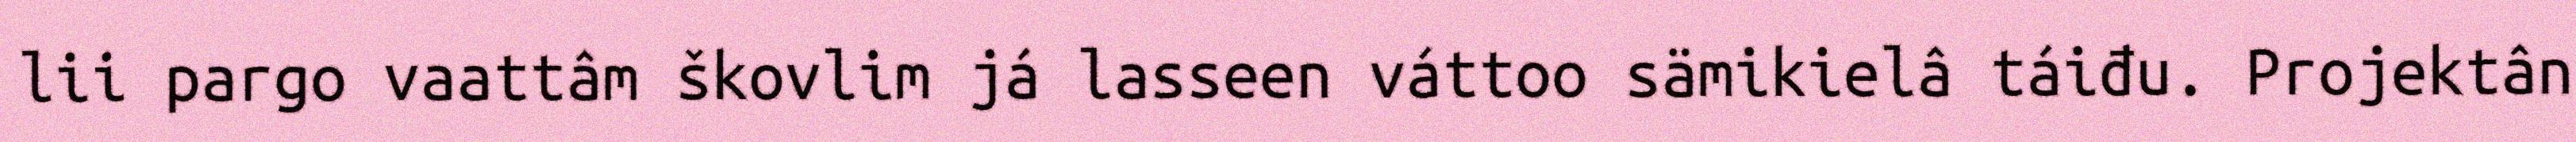
lii pargo vaattâm škovlim já lasseen váttoo sämikielâ táiđu. Projektân